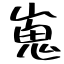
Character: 嵬